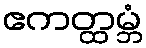
ဧကတ္ထမ္ဘံ